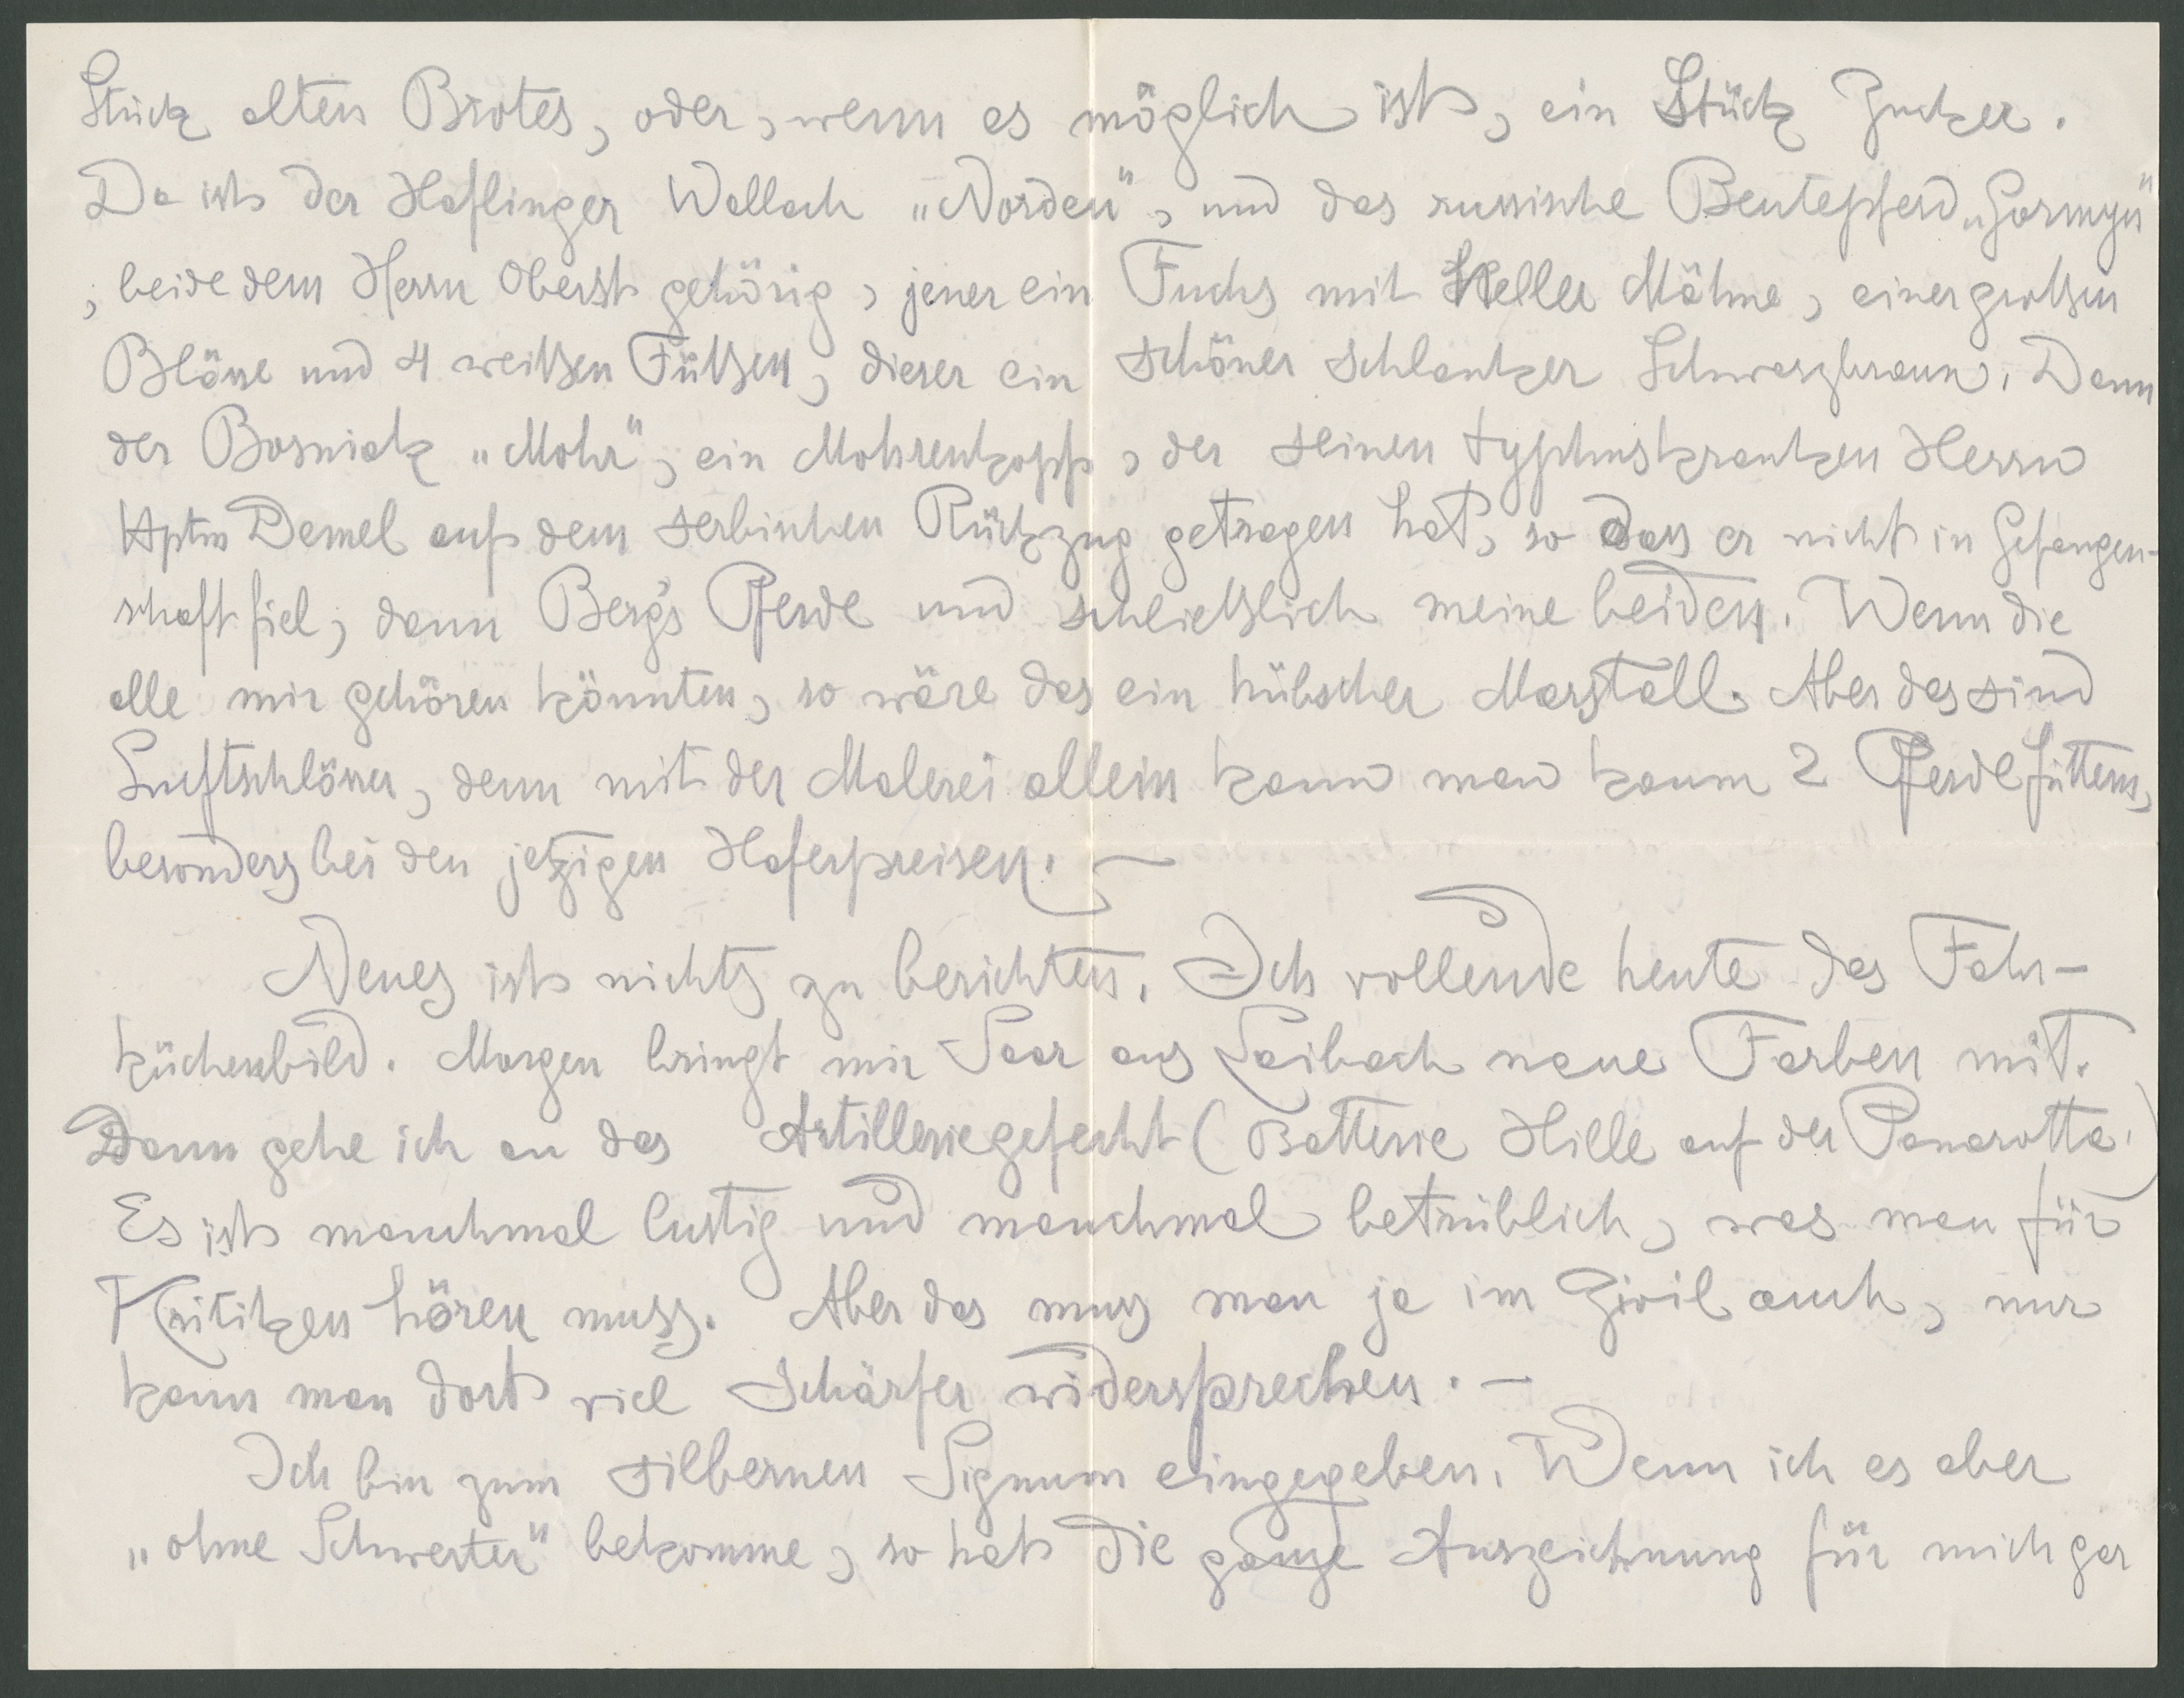
Stück alten Brotes, oder, wenn es möglich ist, ein Stück Zucker.
Da ist der Haflinger Wallach "Norden", und das russische Beutepferd "Gormyn"
; beide dem Herrn Oberst gehörig, jener ein Fuchs mit heller Mähne, einer großen
Blässe und 4 weißen Füßen, dieser ein schöner schlanker Schwarzbrauner. Dann
der Bosniak "Mohr", ein Mohrenkopf, der seinen typhuskranken Herrn
Hptm Demel auf dem serbischen Rückzug getragen hat, so dass er nicht in Gefangen-
schaft fiel, dann Berg's Pferde und schließlich meine beiden. Wenn die
alle mir gehören könnten, so wäre das ein hübscher Marstall. Aber das sind
Luftschlösser, denn mit der Malerei allein kann man kaum 2 Pferde füttern,
besinders bei den jetzigen Haferpreisen.
Neues ist nichts zu berichten. Ich vollende heute das Fahr-
küchenbild. Morgen bringt mir Saar aus Laibach neue Farben mit.
dann gehe ich an das Artilleriegefecht (Batterie Hille auf der Panarotta).
Es ist manchmal lustig und manchmal betrüblich, was man für
Kritiken hören muss. Aber das muss man ja im Zivil auch, nur
kann man dort viel schärfer widersprechen.
Ich bin zum silbernen Signum eingegeben. Wenn ich es aber
"ohne Schwerter" bekomme, so hat die ganze Auszeichung für mich gar